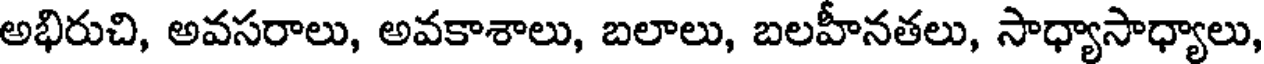
అభిరుచి, అవసరాలు, అవకాశాలు, బలాలు, బలహీనతలు, సాధ్యాసాధ్యాలు,